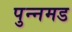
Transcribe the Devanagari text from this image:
पुन्नमड